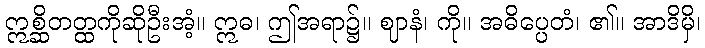
ဣစ္ဆိတတ္ထကိုဆိုဦးအံ့။ ဣဓ၊ ဤအရာ၌။ ဈာနံ၊ ကို။ အဓိပ္ပေတံ၊ ၏။ အာဒိမှိ၊